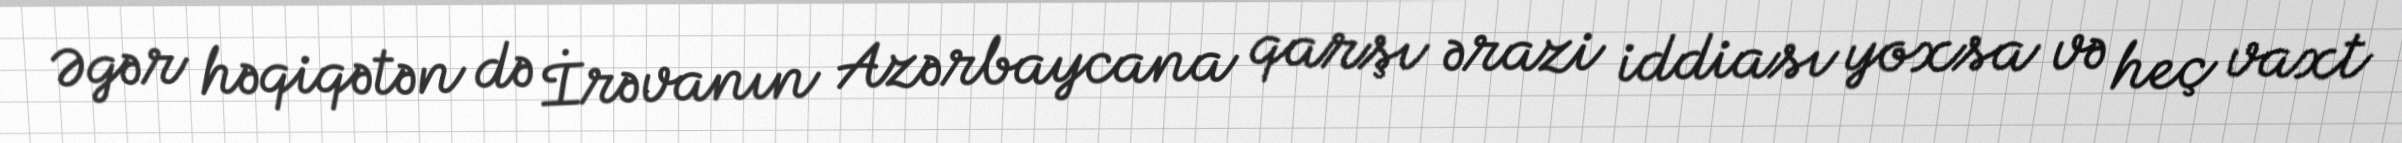
Əgər həqiqətən də İrəvanın Azərbaycana qarşı ərazi iddiası yoxsa və heç vaxt